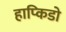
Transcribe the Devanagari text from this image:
हाप्किडो